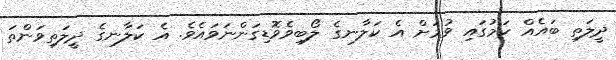
ދީލަތި ބައެއް ކަމުގައި ވުމަށް އެ ކަލާނގެ ލޯބިވެވޮޑިގަންނަވައެވެ. އެ ކަލާނގެ ދީލަތިވަންތަ